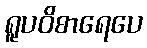
ရူပဝိစာရေပေ